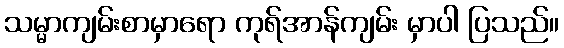
သမ္မာကျမ်းစာမှာရော ကုရ်အာန်ကျမ်း မှာပါ ပြသည်။